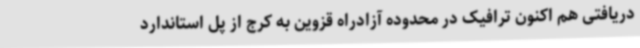
دریافتی هم اکنون ترافیک در محدوده آزادراه قزوین به کرج از پل استاندارد